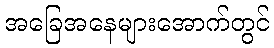
အခြေအနေများအောက်တွင်